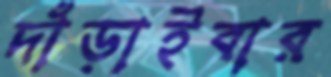
দাঁড়াইবার